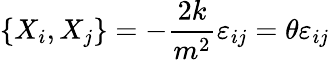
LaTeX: \left\{ X_{i},X_{j}\right\} =-\frac{2k}{m^{2}}\varepsilon_{ij}=\theta\varepsilon_{ij}